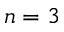
n = 3